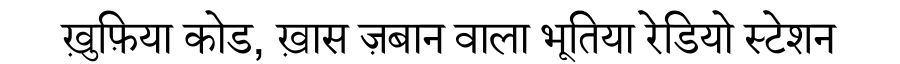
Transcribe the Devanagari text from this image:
ख़ुफ़िया कोड, ख़ास ज़बान वाला भूतिया रेडियो स्टेशन